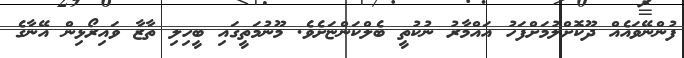
ފުންނޭވައެއް ދޫކޮށްލުމަށްފަހު އައްމާރު ނުކުތީ ބެލްކަންޏަށެވެ. މޫނުމަތީގައި ބީހިލި ތާޒާ ވައިރޯޅިން އޭނާގެ